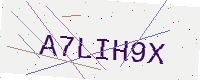
Text: A7LIH9X